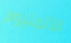
الألمنيوم